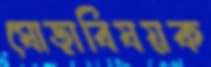
ঘোড়াবিষয়ক